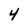
Character: 4